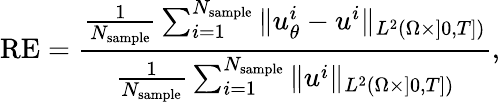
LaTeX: \mathrm{RE}=\frac{\frac{1}{N_{\mathrm{sample}}}\sum_{i=1}^{N_{\mathrm{sample}}}\Vert u_{\theta}^{i}-u^{i}\Vert_{L^{2}(\Omega\times]0,T])}}{\frac{1}{N_{\mathrm{sample}}}\sum_{i=1}^{N_{\mathrm{sample}}}\Vert u^{i}\Vert_{L^{2}(\Omega\times]0,T])}},